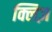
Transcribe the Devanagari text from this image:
क्लिज़